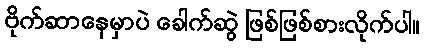
ဗိုက်ဆာနေမှာပဲ ခေါက်ဆွဲ ဖြစ်ဖြစ်စားလိုက်ပါ။